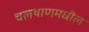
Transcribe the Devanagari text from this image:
चलथाणमधील